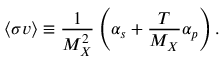
\langle \sigma v \rangle \equiv \frac { 1 } { M _ { X } ^ { 2 } } \left( \alpha _ { s } + \frac { T } { M _ { X } } \alpha _ { p } \right) .